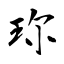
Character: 珎